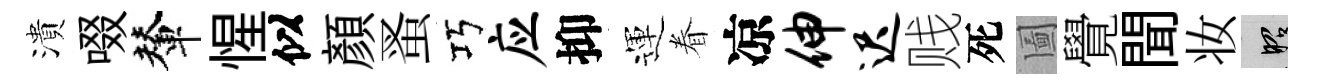
潰啜輦惺似顏蚤巧应抑運眷凉伸迟贱死圗覺聞妆昭